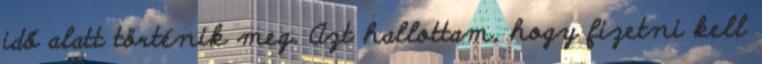
idő alatt történik meg. Azt hallottam, hogy fizetni kell